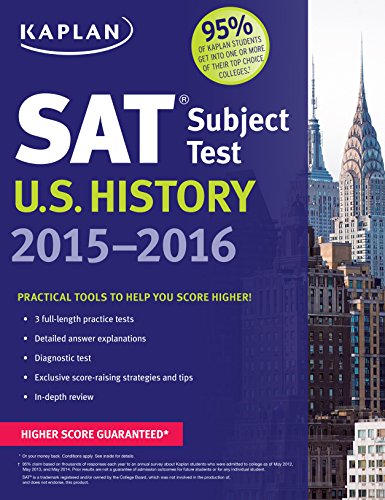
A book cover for Kaplan SAT Subject Test U.S. History 2015-2016 (Kaplan Test Prep); Kaplan; Test Preparation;